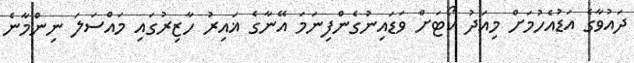
ދައުވާގެ އަޑުއެހުމަށް މިއަދު ކޯޓަށް ވަޑައިނުގެންފިނަމަ އޭނާގެ ޣައިރު ހާޒިރުގައި މައްސަލަ ނިންމާނެ